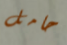
حامل